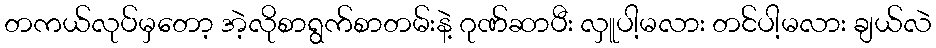
တကယ်လုပ်မှတော့ အဲ့လိုစာရွက်စာတမ်းနဲ့ ဂုဏ်ဆာပီး လှူပါ့မလား တင်ပါ့မလား ချယ်လဲ